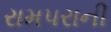
રામપરાની